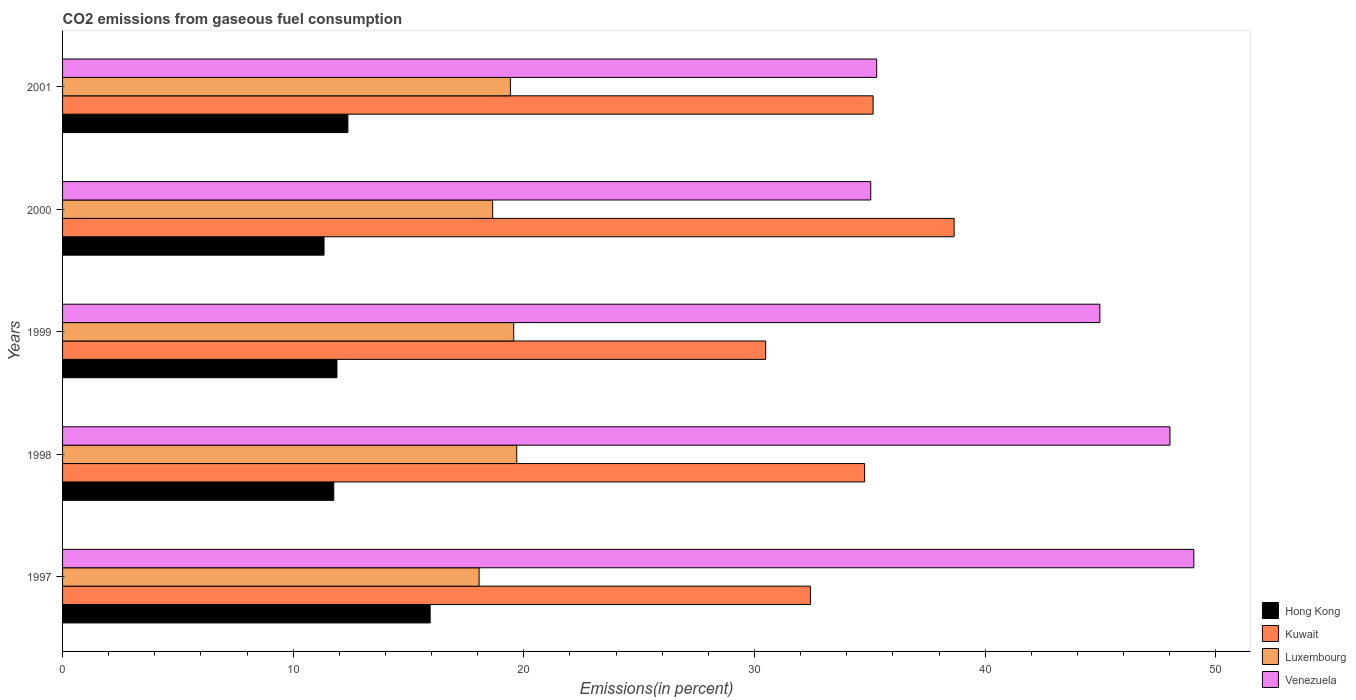
| Years | Hong Kong | Kuwait | Luxembourg | Venezuela |
 | --- | --- | --- | --- | --- |
 | 1997 | 15.9 | 32.4 | 18.1 | 49 |
 | 1998 | 11.8 | 34.8 | 19.7 | 48 |
 | 1999 | 11.9 | 30.5 | 19.6 | 45 |
 | 2000 | 11.3 | 38.7 | 18.6 | 35 |
 | 2001 | 12.4 | 35.1 | 19.4 | 35.3 |